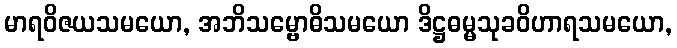
မာရဝိဇယသမယော, အဘိသမ္ဗောဓိသမယော ဒိဋ္ဌဓမ္မသုခဝိဟာရသမယော,